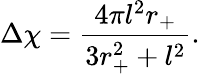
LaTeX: \Delta\chi=\frac{4\pi l^{2}r_{+}}{3r_{+}^{2}+l^{2}}.